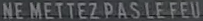
NE METTEZ PAS LE FEU